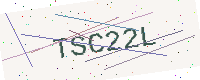
Text: TSC22L